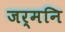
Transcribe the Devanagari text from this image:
जर्मनि